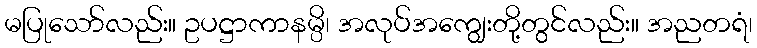
မပြုသော်လည်း။ ဥပဋ္ဌာကာနမ္ပိ၊ အလုပ်အကျွေးတို့တွင်လည်း။ အညတရံ၊